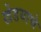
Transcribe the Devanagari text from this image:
खेडयाचे